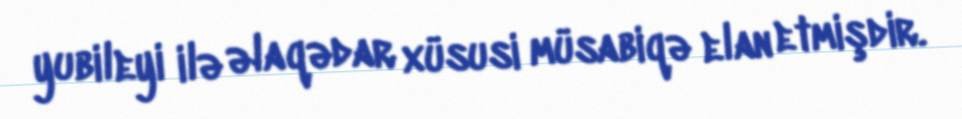
yubileyi ilə əlaqədar xüsusi müsabiqə elan etmişdir.